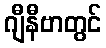
ဂျီနီဗာတွင်